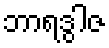
ဘာရဒွါဇ